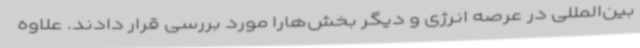
بین‌المللی در عرصه انرژی و دیگر بخش‌هارا مورد بررسی قرار دادند. علاوه